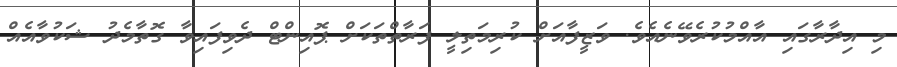
މި އިދާރާގައި އާއްމުކުރެވޭނެއެވެ. ވަޒީފާއަށް ކުރިމަތިލީ ފަރާތްތަކަށް ޕޮއިންޓް ދެވިފައިވާ ގޮތާމެދު ޝަކުވާއެއް